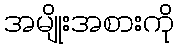
အမျိုးအစားကို